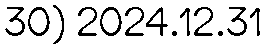
30) 2024.12.31